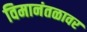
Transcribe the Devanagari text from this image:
विमानंतळावर